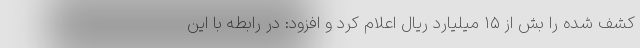
کشف شده را بش از ۱۵ میلیارد ریال اعلام کرد و افزود: در رابطه با این